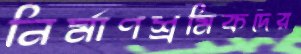
নির্মাণশ্রমিকদের